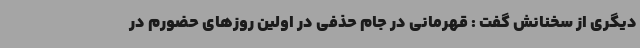
دیگری از سخنانش گفت : قهرمانی در جام حذفی در اولین روزهای حضورم در